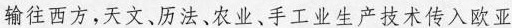
输往西方，天文、历法、农业、手工业生产技术传入欧亚